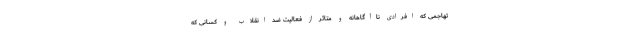
تهاجمی که افرادی ناآگاهانه و متاثر از فعالیت ضد انقلاب و کسانی که